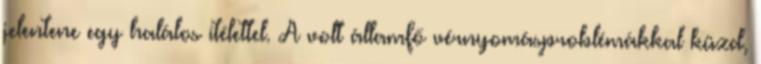
jelentene egy halálos ítélettel. A volt államfő vérnyomásproblémákkal küzd,